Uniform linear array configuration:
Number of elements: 16
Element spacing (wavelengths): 1
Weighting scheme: exponential
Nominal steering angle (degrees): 0
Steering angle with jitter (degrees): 1.06
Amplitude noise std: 0.05
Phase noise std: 0.05

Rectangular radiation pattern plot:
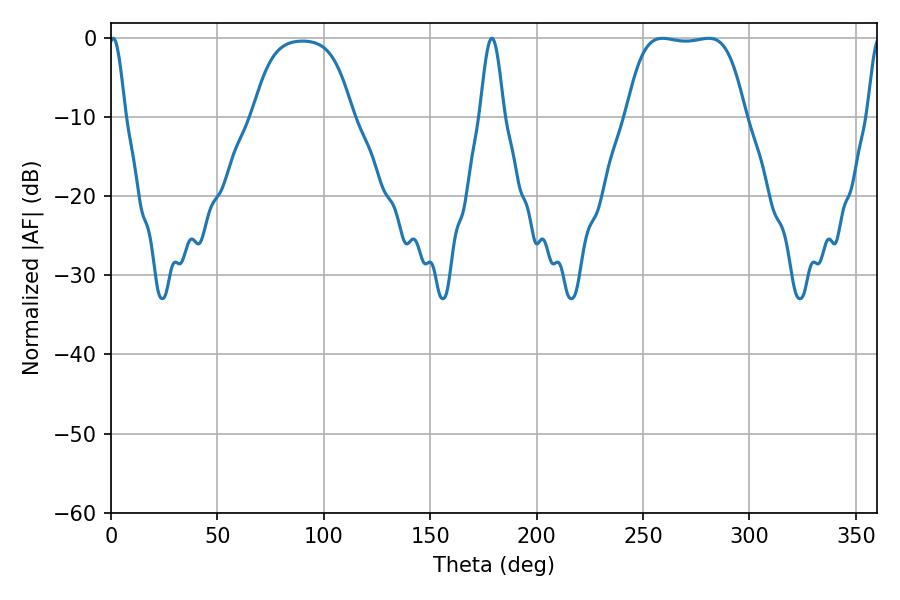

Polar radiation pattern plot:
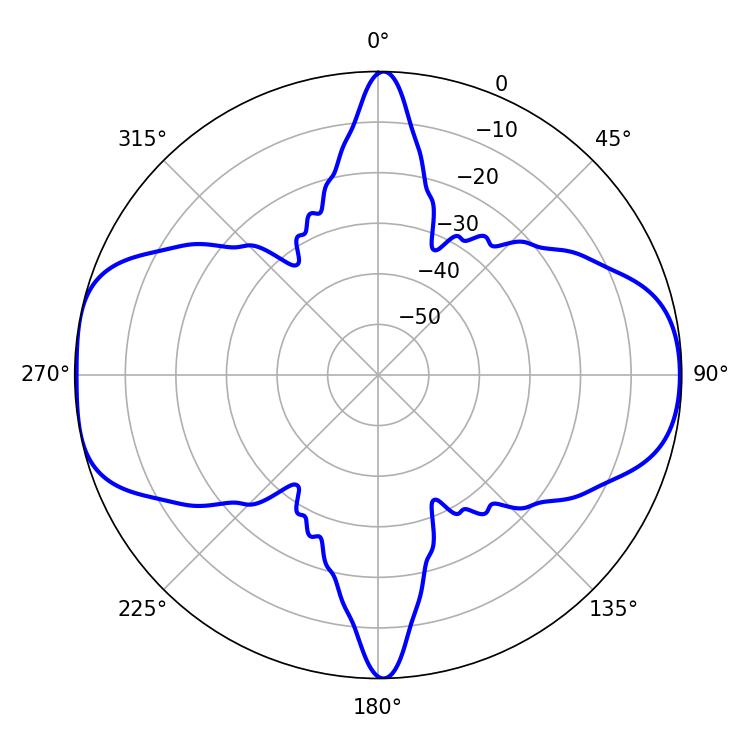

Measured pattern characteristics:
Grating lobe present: TRUE
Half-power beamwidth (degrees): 43.56
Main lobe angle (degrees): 259.2